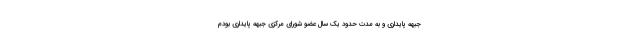
جبهه پایداری و به مدت حدود یک سال عضو شورای مرکزی جبهه پایداری بودم